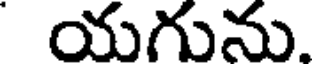
యగును.